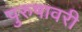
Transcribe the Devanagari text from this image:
पुरुषावरी